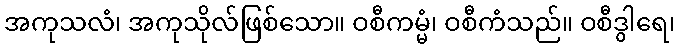
အကုသလံ၊ အကုသိုလ်ဖြစ်သော။ ဝစီကမ္မံ၊ ဝစီကံသည်။ ဝစီဒွါရေ၊